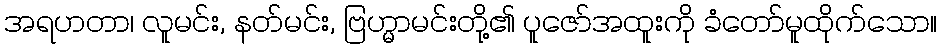
အရဟတာ၊ လူမင်း, နတ်မင်း, ဗြဟ္မာမင်းတို့၏ ပူဇော်အထူးကို ခံတော်မူထိုက်သော။